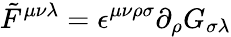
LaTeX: \tilde{F}^{\mu\nu\lambda}=\epsilon^{\mu\nu\rho\sigma}\partial_{\rho}G_{\sigma\lambda}